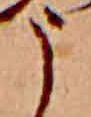
う